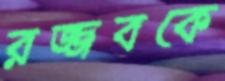
রজ্জবকে